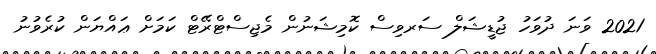
2021 ވަނަ ދުވަހު ޖުޑީޝަލް ސަރވިސް ކޮމިޝަނުން މެޖިސްޓްރޭޓް ކަމަށް ޢައްޔަން ކުރެވުނު